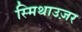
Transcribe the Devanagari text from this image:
स्मिथाउज़र